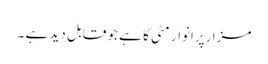
مزارپرانوار مٹی کا ہے جو قابل دید ہے ۔